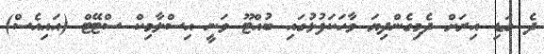
ދެ ގަޑި އިރަށް ދެމިގެންދިޔަ ވާހަކަފުޅުގައި ބުއްޓޫ ވަނީ އިސްލާމިކް ސްޓޭޓް (އައިއެސް)